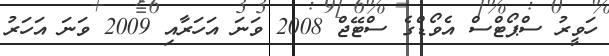
ހަވީރު ސްޕޯޓްސް އެވޯޑްގެ ސްޓޭޖް 2008 ވަނަ އަހަރާއި 2009 ވަނަ އަހަރު